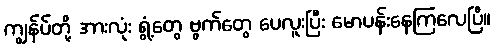
ကျွန်ပ်တို့ အားလုံး ရွံ့တွေ ဗွက်တွေ ပေလူးပြီး မောပန်းနေကြလေပြီ။